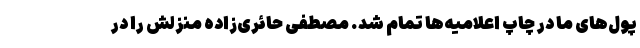
پول‌های ما در چاپ اعلامیه‌ها تمام شد. مصطفی حائری‌زاده منزلش را در